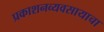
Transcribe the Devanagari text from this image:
प्रकाशनव्यवसायाचा